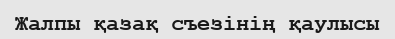
Жалпы қазақ съезінің қаулысы